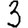
Digit: 3